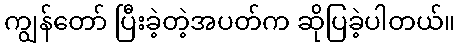
ကျွန်တော် ပြီးခဲ့တဲ့အပတ်က ဆိုပြခဲ့ပါတယ်။